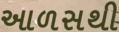
આળસથી